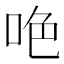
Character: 𠲅